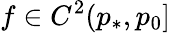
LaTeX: f\in C^{2}(p_{*},p_{0}]